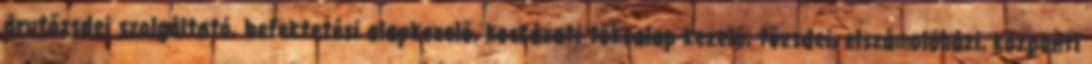
árutőzsdei szolgáltató, befektetési alapkezelő, kockázati tőkealap-kezelő, tőzsdei, elszámolóházi, központi